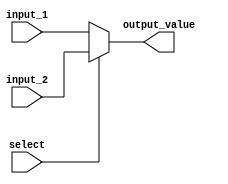
//Siddharth Kalra(211032) and Chitwan Goel 210295
module mux(input_1, input_2, select, output_value);

parameter  N=32;

input [N-1:0] input_1;
input [N-1:0] input_2;
input select;
output [N-1:0] output_value;

assign output_value=(select)? input_2: input_1;

endmodule